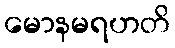
မောနမရဟတိ